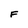
Character: F